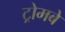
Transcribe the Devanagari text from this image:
ट्रोमबे